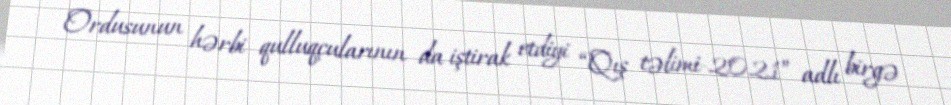
Ordusunun hərbi qulluqçularının da iştirak etdiyi “Qış təlimi-2021” adlı birgə